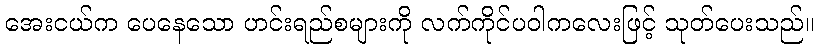
အေးငယ်က ပေနေသော ဟင်းရည်စများကို လက်ကိုင်ပဝါကလေးဖြင့် သုတ်ပေးသည်။